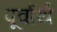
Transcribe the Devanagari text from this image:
पूर्वार्थ